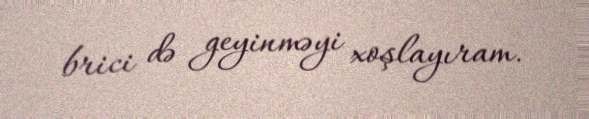
brici də geyinməyi xoşlayıram.